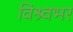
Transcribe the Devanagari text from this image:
विश्र्वभर